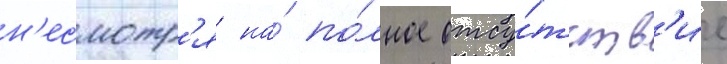
н'есмотр'я на́ по́лное отсу́тств'ие